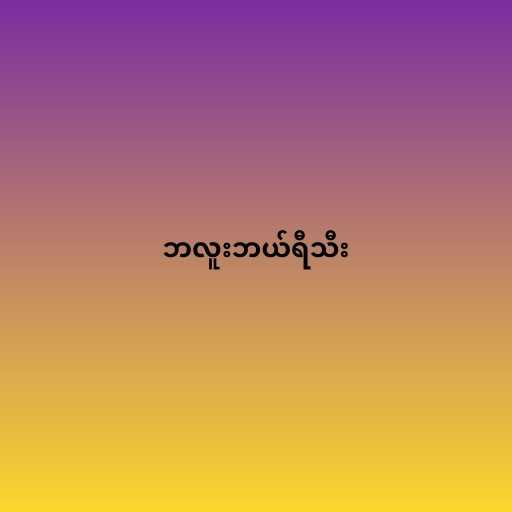
ဘလူးဘယ်ရီသီး